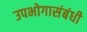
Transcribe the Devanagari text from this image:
उपभोगासंबंधी